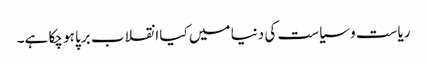
ریاست و سیاست کی دنیا میں کیا انقلاب برپا ہو چکا ہے۔